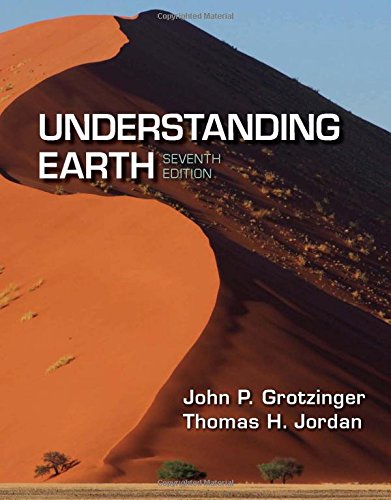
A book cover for Understanding Earth; John Grotzinger; Science & Math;